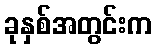
ခုနှစ်အတွင်းက